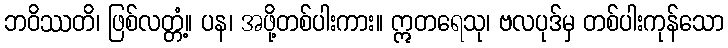
ဘဝိဿတိ၊ ဖြစ်လတ္တံ့။ ပန၊ အဖို့တစ်ပါးကား။ ဣတရေသု၊ ဗလပုဒ်မှ တစ်ပါးကုန်သော